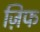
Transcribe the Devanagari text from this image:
ज़िफ